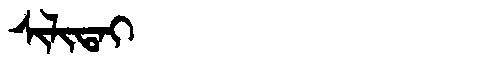
Manchu: ᠰᡳᠯᡳᡨᠠᡳ
Romanization: SILITAI